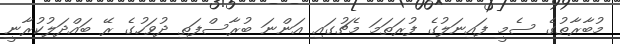
މުބާރާތުގެ ސެމީ ފައިނަލުގެ ފުރަތަމަ މެޗުގައި އަންނަ ބުރާސްފަތި ދުވަހުގެ ރޭ ބައްދަލުކުރާނީ